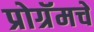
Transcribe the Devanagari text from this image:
प्रोग्रॅमचे